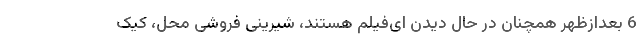
6 بعدازظهر همچنان در حال دیدن ای‌فیلم هستند، شیرینی فروشی محل، کیک